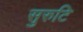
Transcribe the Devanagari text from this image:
सुरुटि